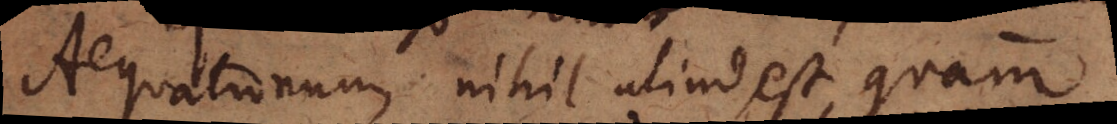
Aequationum, nihil aliud est, quam